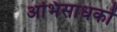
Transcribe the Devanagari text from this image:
अभिसाधकों